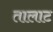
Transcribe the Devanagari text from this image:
तालाट